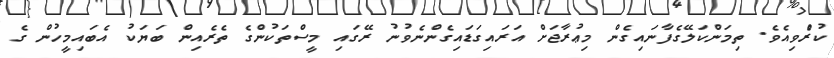
ކުރެްވިއެވެ. ތިމަންކަލޭގެފާނައިގެން މިޢުރާޖަށް އަރައިގަޑައިގެންނެވުނު ރޭގައި މީސްތަކުންގެ ތެރެއިން ބަޔަކު އެބައިމީހުން ގެ